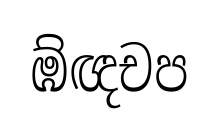
ඹ්ඥචප